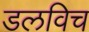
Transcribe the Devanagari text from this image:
डलविच